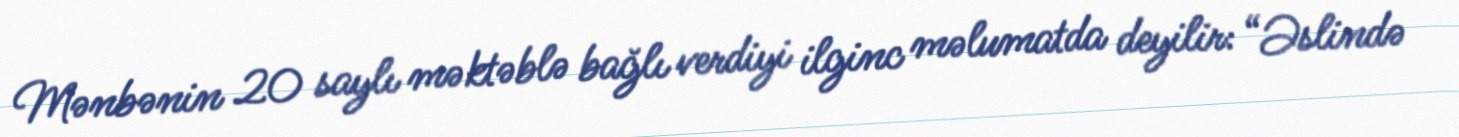
Mənbənin 20 saylı məktəblə bağlı verdiyi ilginc məlumatda deyilir: “Əslində